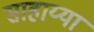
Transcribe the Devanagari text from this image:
साहाय्या